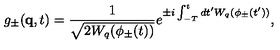
g _ { \pm } ( { \bf q } , t ) = \frac { 1 } { \sqrt { 2 W _ { q } ( \phi _ { \pm } ( t ) ) } } e ^ { \pm i \int _ { - T } ^ { t } d t ^ { \prime } W _ { q } ( \phi _ { \pm } ( t ^ { \prime } ) ) } ,